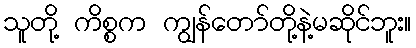
သူတို့ ကိစ္စက ကျွန်တော်တို့နဲ့မဆိုင်ဘူး။